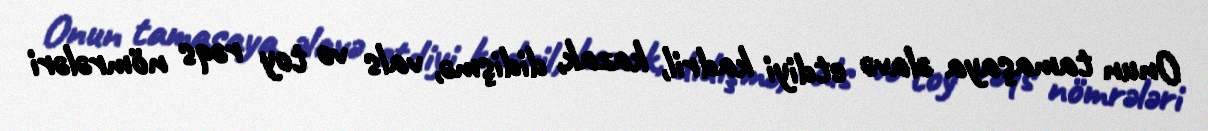
Onun tamaşaya əlavə etdiyi kadril, kazak, didişmə, vals və toy rəqs nömrələri